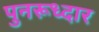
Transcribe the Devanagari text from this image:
पुनरूध्दार